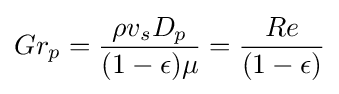
Gr_{p}={\frac {\rho v_{s}D_{p}}{(1-\epsilon )\mu }}={\frac {Re}{(1-\epsilon )}}